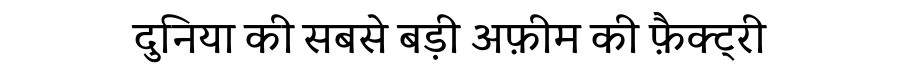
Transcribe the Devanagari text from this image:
दुनिया की सबसे बड़ी अफ़ीम की फ़ैक्ट्री